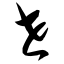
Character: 世